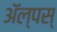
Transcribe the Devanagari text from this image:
ॲल्पस्